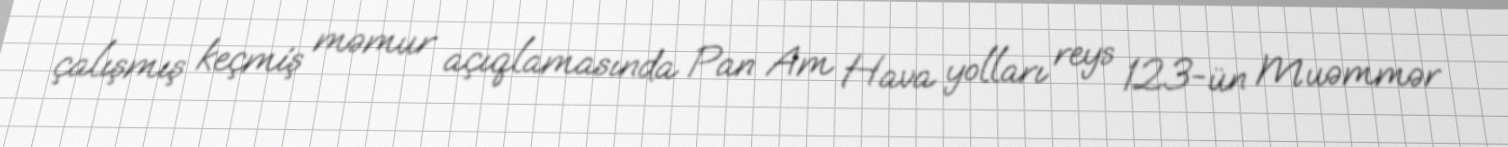
çalışmış keçmiş məmur açıqlamasında Pan Am Hava yolları reys 123-ün Muəmmər